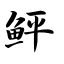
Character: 鲆